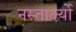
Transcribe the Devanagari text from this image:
नस्तार्क्ष्यो